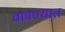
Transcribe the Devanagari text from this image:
वापण्यात